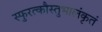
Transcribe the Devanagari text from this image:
स्फुरत्कौस्तुभालंकृतं